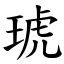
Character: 琥